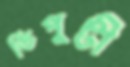
ডিপুটী